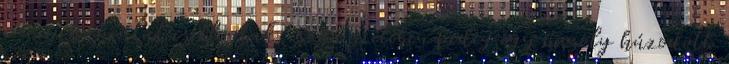
szemei huncutul csillogtak, száa szélében pedig egy mosoly húzódott